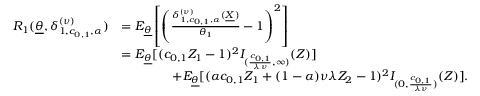
\begin{array} { r l } { R _ { 1 } ( \underline { { \theta } } , \delta _ { 1 , c _ { 0 , 1 } , \alpha } ^ { ( \nu ) } ) } & { = E _ { \underline { { \theta } } } \left[ \left( \frac { \delta _ { 1 , c _ { 0 , 1 } , \alpha } ^ { ( \nu ) } ( \underline { { X } } ) } { \theta _ { 1 } } - 1 \right) ^ { 2 } \right] } \\ & { = E _ { \underline { { \theta } } } [ ( c _ { 0 , 1 } Z _ { 1 } - 1 ) ^ { 2 } I _ { ( \frac { c _ { 0 , 1 } } { \lambda \nu } , \infty ) } ( Z ) ] } \\ & { \qquad \qquad + E _ { \underline { { \theta } } } [ ( \alpha c _ { 0 , 1 } Z _ { 1 } + ( 1 - \alpha ) \nu \lambda Z _ { 2 } - 1 ) ^ { 2 } I _ { ( 0 , \frac { c _ { 0 , 1 } } { \lambda \nu } ) } ( Z ) ] . } \end{array}